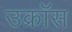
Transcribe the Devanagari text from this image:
उक्रॉस